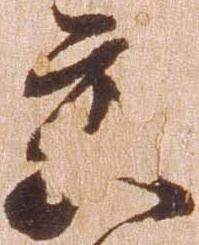
交